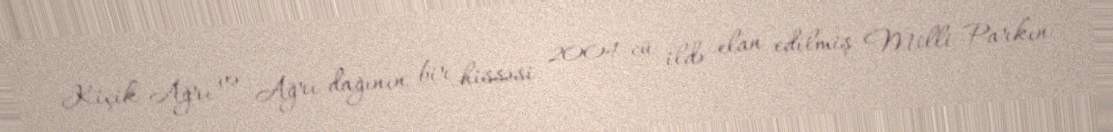
Kiçik Ağrı və Ağrı dağının bir hissəsi 2004-cü ildə elan edilmiş Milli Parkın